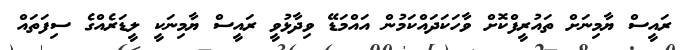
ރައީސް ޔާމިނަށް ތައުރީފްކޮށް ވާހަކަދައްކަމުން އައްމަޑޭ ވިދާޅުވީ ރައީސް ޔާމިނަކީ ލީޑަރެއްގެ ސިފަތައް